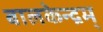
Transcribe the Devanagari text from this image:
बालकेन्द्रम्